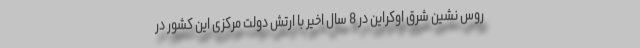
روس نشین شرق اوکراین در 8 سال اخیر با ارتش دولت مرکزی این کشور در